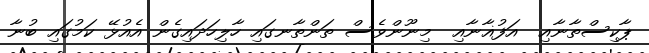
ޕާކިސްތާނާއި  އަފުޣާނާއި  މިނޫންވެސް ތަންތާނގައި ހާލިހަދައިގެން އެއުޅޭ ކަމުގައި ބުނާ